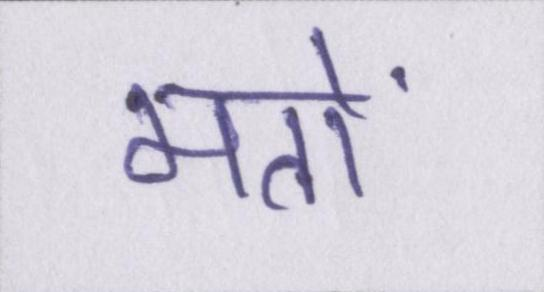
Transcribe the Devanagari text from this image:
मतों